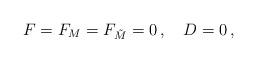
LaTeX: \begin{align*}F=F_{M}=F_{\tilde{M}}=0\,, \quad D=0\,,\end{align*}